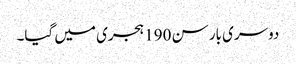
دوسری بار سن 190 ہجری میں گیا۔